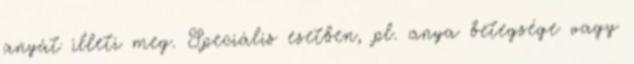
anyát illeti meg. Speciális esetben, pl. anya betegsége vagy